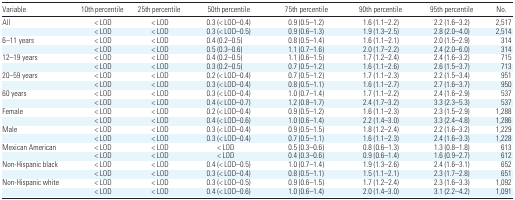
<table><thead><tr><td><b>Variable</b></td><td><b>10th percentile</b></td><td><b>25th percentile</b></td><td><b>50th percentile</b></td><td><b>75th percentile</b></td><td><b>90th percentile</b></td><td><b>95th percentile</b></td><td><b>No.</b></td></tr></thead><tbody><tr><td>All</td><td>&lt; LOD</td><td>&lt; LOD</td><td>0.3 (&lt; LOD–0.4)</td><td>0.9 (0.5–1.2)</td><td>1.6 (1.1–2.2)</td><td>2.2 (1.6–3.2)</td><td>2,517</td></tr><tr><td></td><td>&lt; LOD</td><td>&lt; LOD</td><td>0.3 (&lt; LOD–0.5)</td><td>0.9 (0.6–1.3)</td><td>1.9 (1.3–2.5)</td><td>2.8 (2.0–4.0)</td><td>2,514</td></tr><tr><td>6–11 years</td><td>&lt; LOD</td><td>&lt; LOD</td><td>0.4 (0.2–0.5)</td><td>0.8 (0.5–1.4)</td><td>1.6 (1.1–2.1)</td><td>2.0 (1.5–2.9)</td><td>314</td></tr><tr><td></td><td>&lt; LOD</td><td>&lt; LOD</td><td>0.5 (0.3–0.6)</td><td>1.1 (0.7–1.6)</td><td>2.0 (1.7–2.2)</td><td>2.4 (2.0–6.0)</td><td>314</td></tr><tr><td>12–19 years</td><td>&lt; LOD</td><td>&lt; LOD</td><td>0.4 (0.2–0.5)</td><td>1.1 (0.6–1.5)</td><td>1.7 (1.2–2.4)</td><td>2.4 (1.6–3.2)</td><td>715</td></tr><tr><td></td><td>&lt; LOD</td><td>&lt; LOD</td><td>0.3 (0.2–0.5)</td><td>0.7 (0.5–1.2)</td><td>1.6 (1.1–2.6)</td><td>2.6 (1.5–3.7)</td><td>713</td></tr><tr><td>20–59 years</td><td>&lt; LOD</td><td>&lt; LOD</td><td>0.2 (&lt; LOD–0.4)</td><td>0.7 (0.5–1.2)</td><td>1.7 (1.1–2.3)</td><td>2.2 (1.5–3.4)</td><td>951</td></tr><tr><td></td><td>&lt; LOD</td><td>&lt; LOD</td><td>0.3 (&lt; LOD–0.4)</td><td>0.8 (0.5–1.1)</td><td>1.6 (1.1–2.7)</td><td>2.7 (1.6–3.7)</td><td>950</td></tr><tr><td>60 years</td><td>&lt; LOD</td><td>&lt; LOD</td><td>0.3 (&lt; LOD–0.4)</td><td>1.0 (0.7–1.4)</td><td>1.7 (1.1–2.2)</td><td>2.4 (1.6–2.9)</td><td>537</td></tr><tr><td></td><td>&lt; LOD</td><td>&lt; LOD</td><td>0.4 (&lt; LOD–0.7)</td><td>1.2 (0.8–1.7)</td><td>2.4 (1.7–3.2)</td><td>3.3 (2.3–5.3)</td><td>537</td></tr><tr><td>Female</td><td>&lt; LOD</td><td>&lt; LOD</td><td>0.2 (&lt; LOD–0.4)</td><td>0.9 (0.5–1.2)</td><td>1.6 (1.1–2.3)</td><td>2.3 (1.5–2.9)</td><td>1,288</td></tr><tr><td></td><td>&lt; LOD</td><td>&lt; LOD</td><td>0.4 (&lt; LOD–0.6)</td><td>1.0 (0.6–1.4)</td><td>2.2 (1.4–3.0)</td><td>3.3 (2.4–4.8)</td><td>1,286</td></tr><tr><td>Male</td><td>&lt; LOD</td><td>&lt; LOD</td><td>0.3 (&lt; LOD–0.4)</td><td>0.9 (0.5–1.5)</td><td>1.8 (1.2–2.4)</td><td>2.2 (1.6–3.2)</td><td>1,229</td></tr><tr><td></td><td>&lt; LOD</td><td>&lt; LOD</td><td>0.3 (&lt; LOD–0.4)</td><td>0.7 (0.5–1.1)</td><td>1.6 (1.1–2.3)</td><td>2.4 (1.6–3.3)</td><td>1,228</td></tr><tr><td>Mexican American</td><td>&lt; LOD</td><td>&lt; LOD</td><td>&lt; LOD</td><td>0.5 (0.3–0.6)</td><td>0.8 (0.6–1.3)</td><td>1.3 (0.8–1.8)</td><td>613</td></tr><tr><td></td><td>&lt; LOD</td><td>&lt; LOD</td><td>&lt; LOD</td><td>0.4 (0.3–0.6)</td><td>0.9 (0.6–1.4)</td><td>1.6 (0.9–2.7)</td><td>612</td></tr><tr><td>Non-Hispanic black</td><td>&lt; LOD</td><td>&lt; LOD</td><td>0.4 (&lt; LOD–0.5)</td><td>1.0 (0.7–1.4)</td><td>1.9 (1.3–2.6)</td><td>2.4 (1.6–3.1)</td><td>652</td></tr><tr><td></td><td>&lt; LOD</td><td>&lt; LOD</td><td>0.3 (&lt; LOD–0.4)</td><td>0.8 (0.5–1.1)</td><td>1.5 (1.1–2.1)</td><td>2.3 (1.7–2.8)</td><td>651</td></tr><tr><td>Non-Hispanic white</td><td>&lt; LOD</td><td>&lt; LOD</td><td>0.3 (&lt; LOD–0.5)</td><td>0.9 (0.6–1.5)</td><td>1.7 (1.2–2.4)</td><td>2.3 (1.6–3.3)</td><td>1,092</td></tr><tr><td></td><td>&lt; LOD</td><td>&lt; LOD</td><td>0.4 (&lt; LOD–0.6)</td><td>1.0 (0.6–1.4)</td><td>2.0 (1.4–3.0)</td><td>3.1 (2.2–4.2)</td><td>1,091</td></tr></tbody></table>